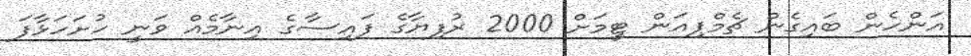
އަންހެން ބައިގެން ޗެމްޕިއަން ޓީމަށް 2000 ރުފިޔާގެ ފައިސާގެ އިނާމެއް ވަނީ ހުށަހަޅާފަ